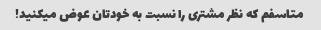
متاسفم که نظر مشتری را نسبت به خودتان عوض میکنید!